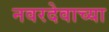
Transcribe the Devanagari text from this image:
नवरदेवाच्या